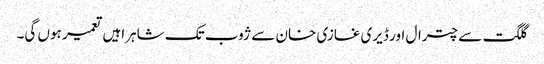
گلگت سے چترال اور ڈیری غازی خان سے ژوب تک شاہراہیں تعمیر ہوں گی۔